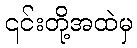
၎င်းတို့အထဲမှ